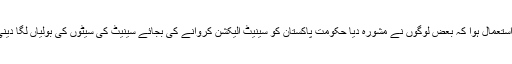
اتنا پیسا استعمال ہوا کہ بعض لوگوں نے مشورہ دیا حکومت پاکستان کو سینیٹ الیکشن کروانے کی بجائے سینیٹ کی سیٹوں کی بولیاں لگا دینی چاہئیں۔